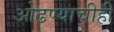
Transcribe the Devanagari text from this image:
ओढण्याचीही